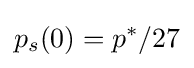
p_{s}(0)=p^{*}/27